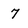
Character: 7